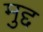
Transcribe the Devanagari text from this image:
मुद्द